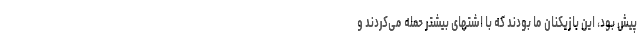
پیش بود، این بازیکنان ما بودند که با اشتهای بیشتر حمله می‌کردند و